Civil Veterinary Department Bihar & Orissa reports 1929-36 - 1929-1936
Year: 1929
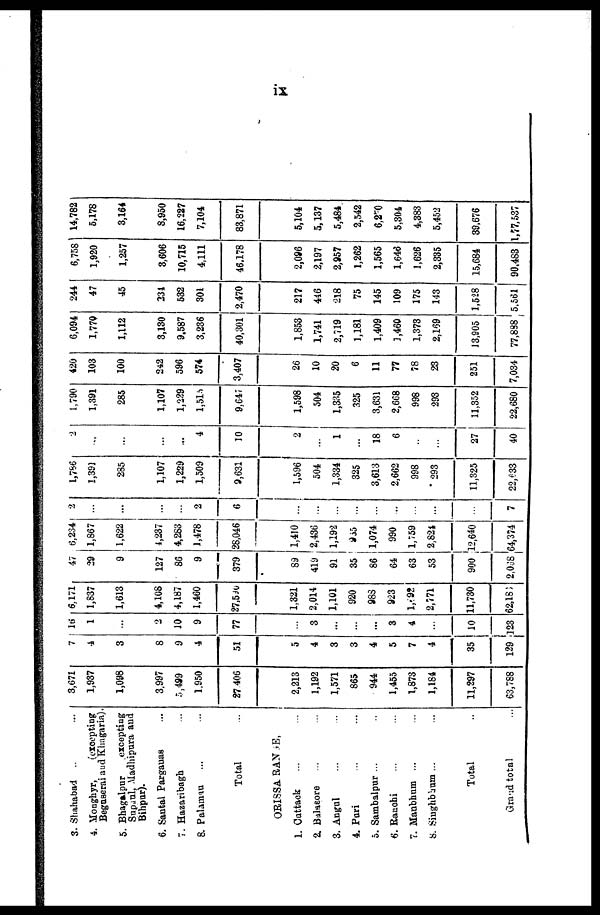
ix
3. Shahabad ... ...
4. Monghyr,
(excepting
Beguserai and Khagaria).
5. Bhagalpur
excepting
Supaul, Madhipura and
Bihpur).
6. Santal Pargauas ...
7. Hazaribagh ...
8. Palamau ... ...
Total ...
ORISSA RANGE.
1. Cuttack ... ...
2. Balasore ... ...
3. Angul ... ...
4. Pari
5. Sambalpur ...
6. Ranchi ... ...
7. Manbhum ... ...
8. Singhbhum ... ...
Total
Grand total ...
3,671
1,937
1,098
3,997
5,499
1,950
27 406
2,213
1,192
1,571
865
944
1,455
1,873
1,184
11,297
63,788
7
4
3
8
9
4
51
5
4
3
3
4
5
7
4
35
129
16
1
...
2
10
9
77
...
3
...
...
...
3
4
...
10
323
6,171
1,837
1,613
4,108
4,187
1,460
27,590
1,321
2,014
1,101
920
983
923
l,492
2,771
11,730
62,181
47
29
9
127
86
9
379
89
419
91
35
86
64
63
53
900
2,068
6,234
1,867
1,622
4,237
4,283
1,478
28,046
1,410
2,436
1,192
935
1,074
990
1,759
2,824
12,640
64,374
2
...
...
...
...
2
6
...
...
...
...
...
...
...
...
7
1,786
1,391
285
1,107
1,229
1,509
9,631
1,596
504
1,334
325
3,613
2,662
998
293
11,325
22,633
2
...
...
...
...
4
10
2
...
1
...
18
6
...
...
27
40
1,790
1,391
285
1,107
1,229
1,510
9,647
1,598
504
1,335
325
3,631
2,668
998
293
11,352
22,680
420
103
100
242
596
574
3,407
26
10
20
6
11
77
78
23
251
7,034
6,094
1,770
1,112
3,130
9,587
3,236
40,301
1,853
1,741
2,719
1,181
1,409
1,460
1,373
2,169
13,905
77,888
244
47
45
231
532
301
2,470
217
446
218
75
145
109
175
143
1,528
5,561
6,758
1,920
1,257
3,606
10,715
4,111
46.178
2,086
2,197
2,957
1,262
1,565
1,646
1,626
2,335
15,684
90,483
14,782
5,178
3,164
8,950
16,227
7,104
83,871
5,104
5,137
5,484
2,542
6,270
5,304
4,383
5,452
39,676
1,77,537